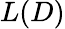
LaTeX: L(D)